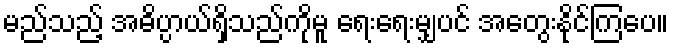
မည်သည့် အဓိပ္ပာယ်ရှိသည်ကိုမူ ရေးရေးမျှပင် အတွေးနိုင်ကြပေ။